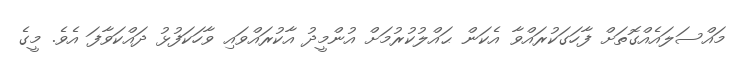
މައްސަލައެއްގޮތަށް ފާހަގަކުރައްވާ އެކަން ޙައްލުކުރުމަށް އުންމީދު އާކުރައްވައި ވާހަކަފުޅު ދައްކަވާފަ އެވެ. މީގެ